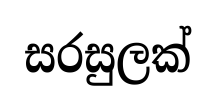
සරසුලක්